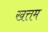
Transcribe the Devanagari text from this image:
खत्तम